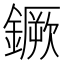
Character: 鐝